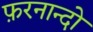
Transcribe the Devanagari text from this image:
फ़रनान्दो